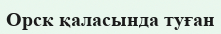
Орск қаласында туған